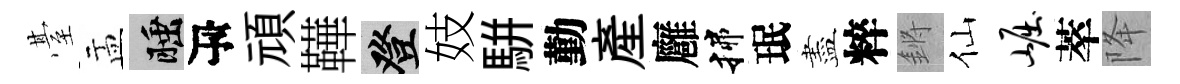
䑓盂睡瓴頑鞾登妓駢勤產廱揲珉盡粹鏘仙崛萃降